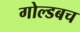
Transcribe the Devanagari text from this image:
गोल्डबच